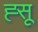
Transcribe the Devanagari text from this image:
ह्सू